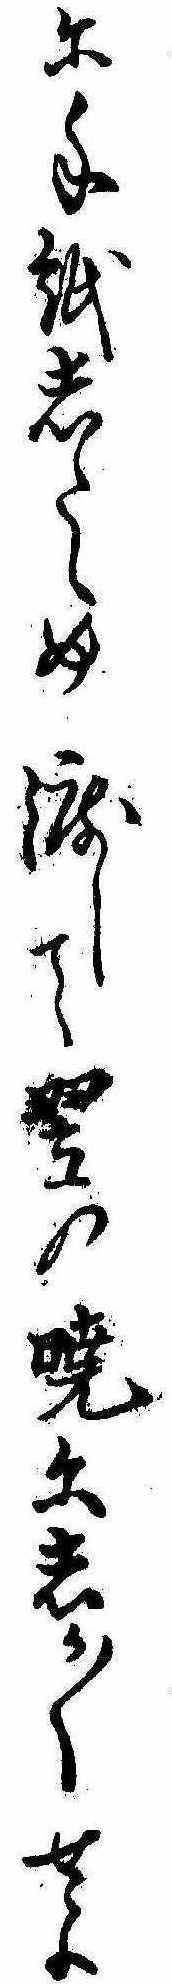
に手紙したゝめ渡して翌の暁にしか〱せよ